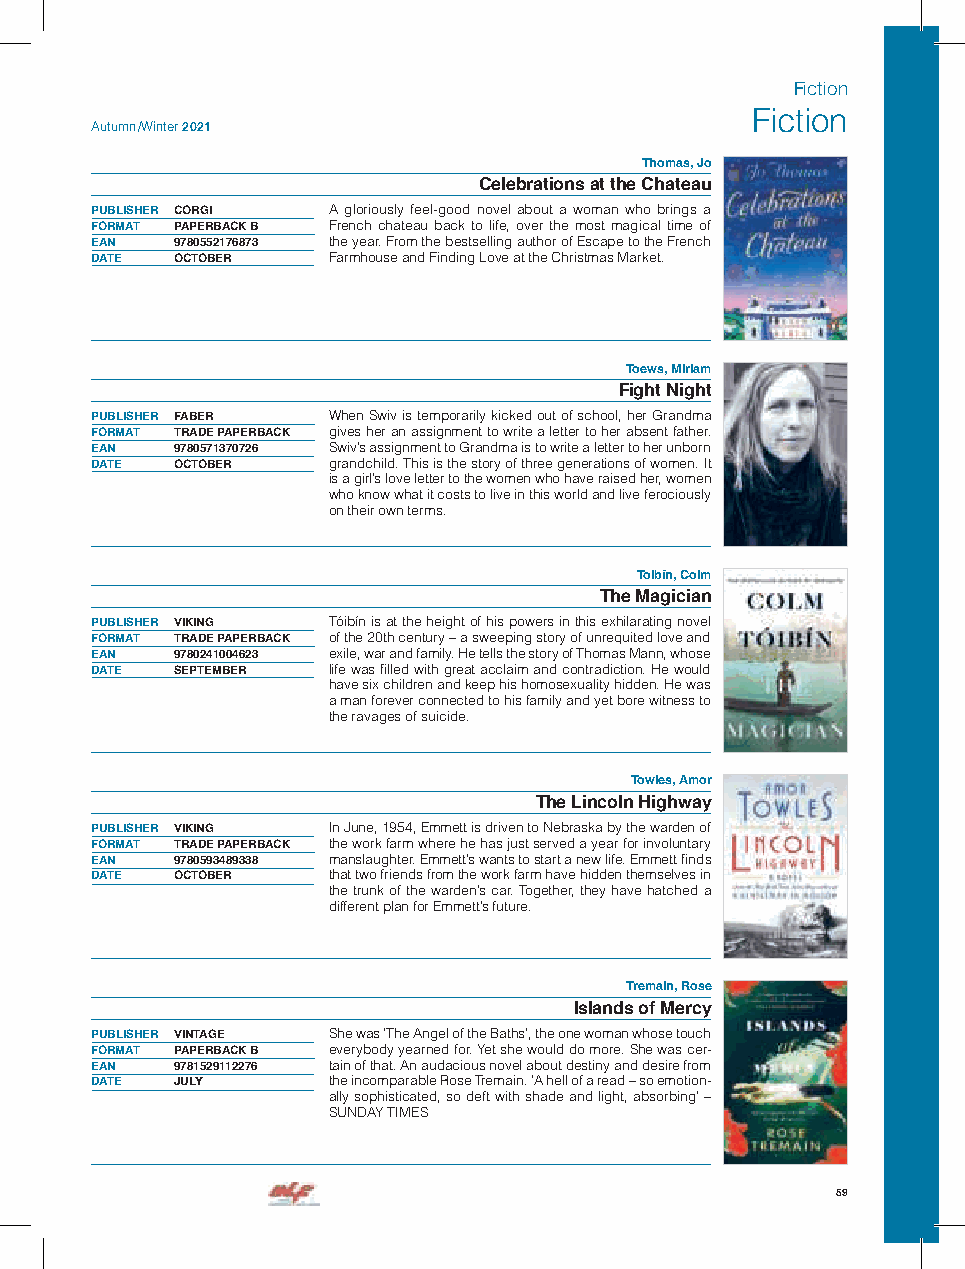
Fiction
 Fiction
 Autumn /Winter 2021
 Thomas, Jo
 Celebrations at the Chateau
 PUBLISHER CORGI A gloriously feel-good novel about a woman who brings a
 FORMAT PAPERBACK B French chateau back to life, over the most magical time of
 EAN  9780552176873 the year. From the bestselling author of Escape to the French
 DATE OCTOBER    Farmhouse and Finding Love at the Christmas Market.
 Toews, Miriam
 Fight Night
 PUBLISHER FABER When Swiv is temporarily kicked out of school, her Grandma
 FORMAT TRADE PAPERBACK gives her an assignment to write a letter to her absent father.
 EAN  9780571370726 Swiv’s assignment to Grandma is to write a letter to her unborn
 DATE OCTOBER    grandchild. This is the story of three generations of women. It
 is a girl’s love letter to the women who have raised her, women
 who know what it costs to live in this world and live ferociously
 on their own terms.
 Toibín, Colm
 The Magician
 PUBLISHER VIKING Tóibín is at the height of his powers in this exhilarating novel
 FORMAT TRADE PAPERBACK of the 20th century – a sweeping story of unrequited love and
 EAN  9780241004623 exile, war and family. He tells the story of Thomas Mann, whose
 DATE SEPTEMBER  life was filled with great acclaim and contradiction. He would
 have six children and keep his homosexuality hidden. He was
 a man forever connected to his family and yet bore witness to
 the ravages of suicide.
 Towles, Amor
 The Lincoln Highway
 PUBLISHER VIKING In June, 1954, Emmett is driven to Nebraska by the warden of
 FORMAT TRADE PAPERBACK the work farm where he has just served a year for involuntary
 EAN  9780593489338 manslaughter. Emmett’s wants to start a new life. Emmett finds
 DATE OCTOBER    that two friends from the work farm have hidden themselves in
 the trunk of the warden’s car. Together, they have hatched a
 different plan for Emmett’s future.
 Tremain, Rose
 Islands of Mercy
 PUBLISHER VINTAGE She was ‘The Angel of the Baths’, the one woman whose touch
 FORMAT PAPERBACK B everybody yearned for. Yet she would do more. She was cer-
 EAN  9781529112276 tain of that. An audacious novel about destiny and desire from
 DATE JULY       the incomparable Rose Tremain. ‘A hell of a read – so emotion-
 ally sophisticated, so deft with shade and light, absorbing’ –
 SUNDAY TIMES
 59